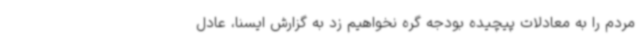
مردم را به معادلات پیچیده بودجه گره نخواهیم زد به گزارش ایسنا، عادل